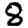
Digit: 8